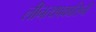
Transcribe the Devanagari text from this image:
लीनत्थपकासिनी